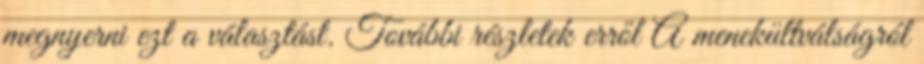
megnyerni ezt a választást. További részletek erről A menekültválságról